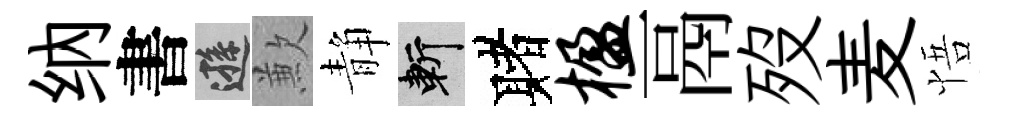
纳書遜歉静斬赌楹鬲歿麦悟